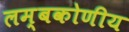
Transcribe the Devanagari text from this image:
लम्बकोणीय